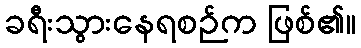
ခရီးသွားနေရစဉ်က ဖြစ်၏။